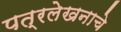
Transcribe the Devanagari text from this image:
पत्रलेखनाचे